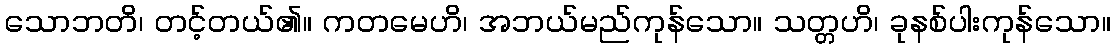
သောဘတိ၊ တင့်တယ်၏။ ကတမေဟိ၊ အဘယ်မည်ကုန်သော။ သတ္တဟိ၊ ခုနစ်ပါးကုန်သော။